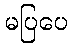
မပြပေ